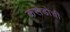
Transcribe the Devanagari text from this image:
करोडोची